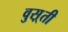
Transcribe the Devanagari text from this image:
वुस़्ती